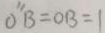
O ^ { \prime \prime } B = O B = 1